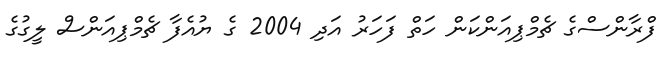
ފްރާންސްގެ ޗެމްޕިއަންކަން ހަތް ފަހަރު އަދި 2004 ގެ ޔުއެފާ ޗެމްޕިއަންސް ލީގުގެ